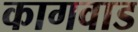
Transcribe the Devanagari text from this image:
कागवाड